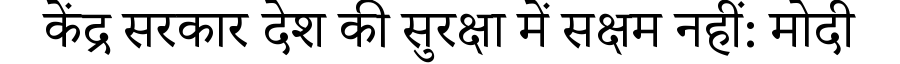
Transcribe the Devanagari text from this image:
केंद्र सरकार देश की सुरक्षा में सक्षम नहीं: मोदी